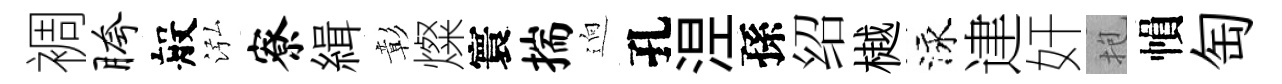
裯胯般泓寮緝彰燦寰揣逈孔𣵀孫绍樾泳䢖奸抱𢄙匋